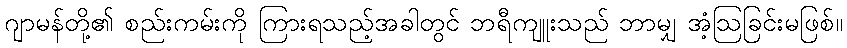
ဂျာမန်တို့၏ စည်းကမ်းကို ကြားရသည့်အခါတွင် ဘရီကျူးသည် ဘာမျှ အံ့ဩခြင်းမဖြစ်။